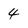
Character: 4